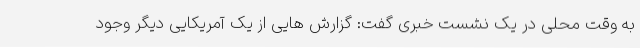
به وقت محلی در یک نشست خبری گفت: گزارش هایی از یک آمریکایی دیگر وجود